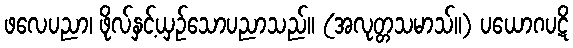
ဖလေပညာ၊ ဖိုလ်နှင့်ယှဉ်သောပညာသည်။ (အလုတ္တသမာသ်။) ပယောဂပဋိ